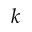
k